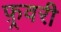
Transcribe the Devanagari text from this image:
फ़्रवरी